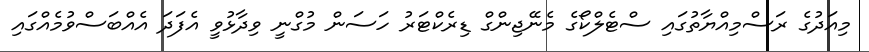
މިއަދުގެ ރަސްމިއްޔާތުގައި ސްޓެލްކޯގެ މެނޭޖިންގް ޑިރެކްޓަރު ހަސަން މުގްނީ ވިދާޅުވީ އެފަދަ އެއްބަސްވުމެއްގައި